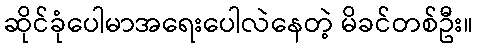
ဆိုင်ခုံပေါမာအရေးပေါလဲနေတဲ့ မိခင်တစ်ဦး။